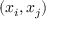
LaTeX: ( x _ { i } , x _ { j } )